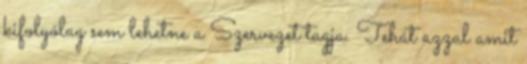
kifolyólag sem lehetne a Szervezet tagja. Tehát azzal amit